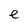
Character: e